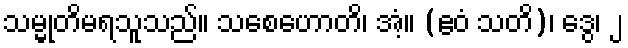
သမ္မုတိမရသူသည်။ သစေဟောတိ၊ အံ့။ (ဧဝံ သတိ)၊ ဒွေ၊ ၂